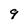
Character: 9